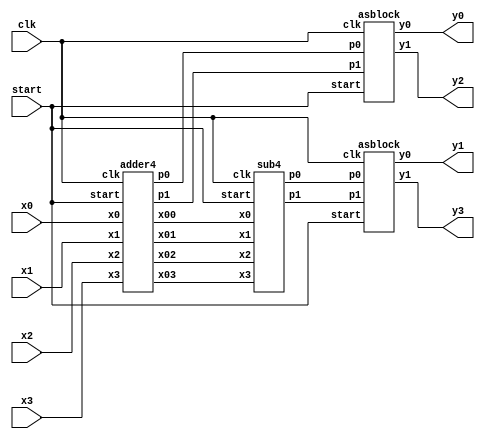
`timescale 1ns / 1ps
//////////////////////////////////////////////////////////////////////////////////
// Company: 
// Engineer: 
// 
// Design Name: 
// Module Name:    Hadamard4pt 
// Project Name: 
// Target Devices: 
// Tool versions: 
// Description: 
//
// Dependencies: 
//
// Revision: 
// Revision 0.01 - File Created
// Additional Comments: 
//
//////////////////////////////////////////////////////////////////////////////////


module Hadamard4pt(clk,start,x0,x1,x2,x3,y0,y1,y2,y3);

input signed [7:0] x0,x1,x2,x3;
input clk;
input start;
output signed [8:0] y0,y1,y2,y3;
wire signed [8:0] p0,p1,p2,p3;
wire signed [7:0] x00,x01,x02,x03;

//wire signed [4:0] p1,p2,p3,p4;


	adder4 am (x0,x1,x2,x3,p0,p1,clk,start,x00,x01,x02,x03);
	sub4 sm (x00,x01,x02,x03,p2,p3,clk,start);
	asblock as1(p0,p1,y0,y2,clk,start);
	asblock as2(p2,p3,y1,y3,clk,start);

endmodule



module adder4(x0,x1,x2,x3,p0,p1,clk,start,x00,x01,x02,x03);
input clk;
input start;
input signed [7:0] x0,x1,x2,x3;
output reg signed [7:0] x00,x01,x02,x03;
output reg signed [8:0] p0,p1;
always@(posedge clk)
begin
	x00 <= x0;
	x01 <= x1;
	x02 <= x2;
	x03 <= x3;
	if(start)
	begin
		p0 <= $signed(x0) + $signed(x1);
		p1 <= $signed(x2) + $signed(x3);
	end
end
endmodule

module sub4(x0,x1,x2,x3,p0,p1,clk,start);
input clk;
input start;
input signed [7:0] x0,x1,x2,x3;
output reg signed [8:0] p0,p1;
always@(posedge clk)
begin
	if(start)
	begin
		p0 <= $signed(x0) - $signed(x1);
		p1 <= $signed(x2) - $signed(x3);
	end
end
endmodule

module asblock(p0,p1,y0,y1,clk,start);
input clk;
input start;
input signed [8:0] p0,p1;
output reg signed [8:0] y0,y1;
always@(posedge clk)
begin
	if(start)
	begin
		y0 <= $signed(p0) + $signed(p1);
		y1 <= $signed(p0) - $signed(p1);
	end
end
endmodule